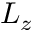
L _ { z }